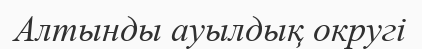
Алтынды ауылдық округі